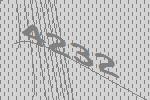
4232